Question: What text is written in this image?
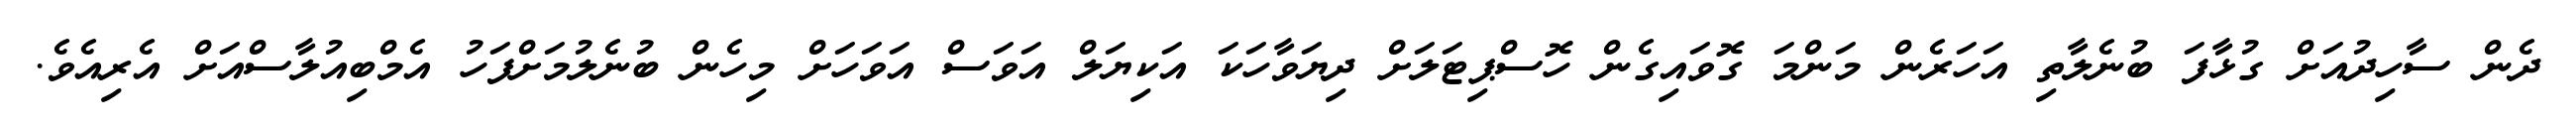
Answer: ދެން ސާހިދުއަށް ގުޅާފަ ބުނެލާތި އަހަރެން މަންމަ ގޮވައިގެން ހޮސްޕިޓަލަށް ދިޔަވާހަކަ އަކިޔަލް އަވަސް އަވަހަށް މިހެން ބުނެލުމަށްފަހު އެމްބިއުލާސްއަށް އެރިއެވެ.